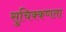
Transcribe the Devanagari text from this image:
सुचिक्कणता